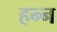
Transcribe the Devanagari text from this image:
हन्न